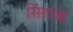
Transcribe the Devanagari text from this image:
सिंगचा